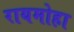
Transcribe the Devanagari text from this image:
रायमोहा